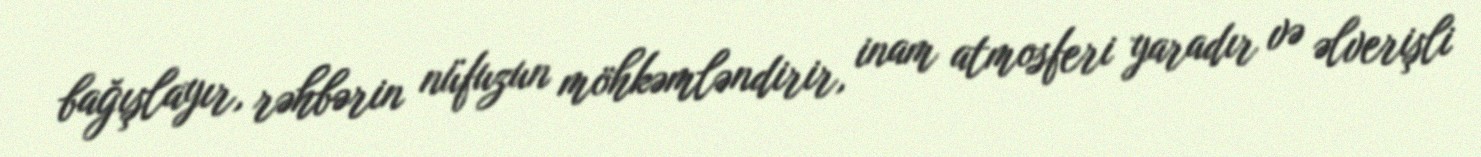
bağışlayır, rəhbərin nüfuzun möhkəmləndirir, inam atmosferi yaradır və əlverişli